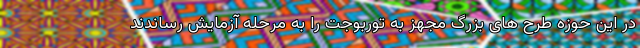
در این حوزه طرح های بزرگ مجهز به توربوجت را به مرحله آزمایش رساندند